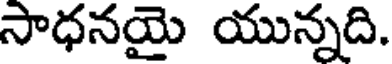
సాధనయై యున్నది.